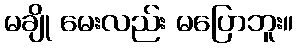
မချို မေးလည်း မပြောဘူး။